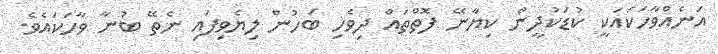
އަނެއްވާހަކައަކީ ކުޑަކުދީން ކިޔާނޭ ފޮތްތައް ދިވެހި ބަހުން ލިޔެވިފައި ނެތޭ ބުނާ ވާހަކައެވެ.